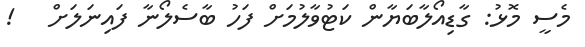
މެސީ މޮޅު: ގާޑިއޯލާބަޔާން ކަޓުވާލުމަށް ފަހު ބާސެލޯނާ ފައިނަލަށް   !